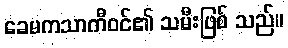
ခေမကသာကီဝင်၏ သမီးဖြစ် သည်။